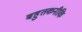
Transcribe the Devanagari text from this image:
बहुतकनीकि